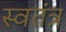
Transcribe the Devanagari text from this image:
स्वतंत्र